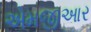
એમજીઆર